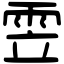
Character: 雴